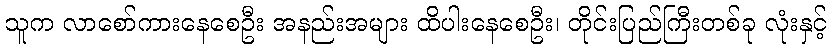
သူက လာစော်ကားနေစေဦး အနည်းအများ ထိပါးနေစေဦး၊ တိုင်းပြည်ကြီးတစ်ခု လုံးနှင့်